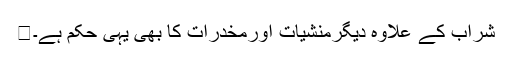
شراب کے علاوہ دیگرمنشیات اورمخدّرات کا بھی یہی حکم ہے۔